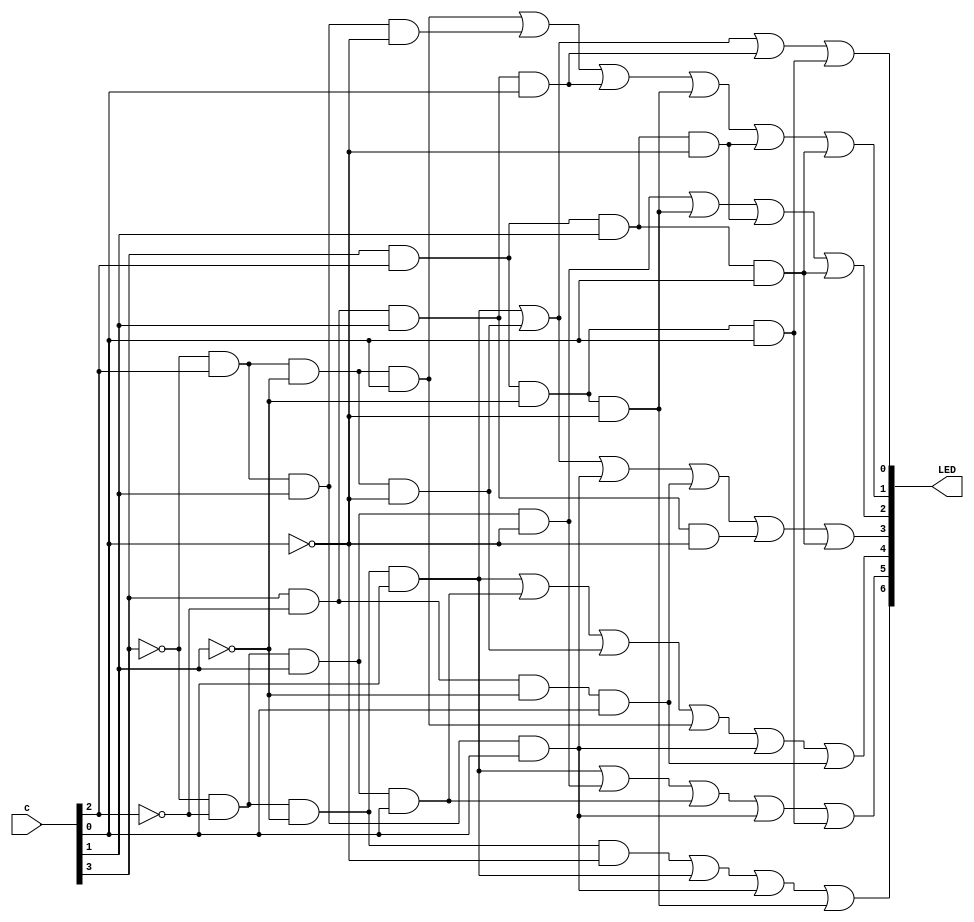
//Hex display;
module seg7(LED, c);
input [3:0] c;
output [6:0] LED;

	assign LED[0] = (~c[3] & ~c[2] & ~c[1] & c[0]) | (~c[3] & c[2] & ~c[1] & ~c[0]) | (c[3] & ~c[2] & c[1] & c[0]) | (c[3] & c[2] & ~c[1] & c[0]);
	assign LED[1] = (~c[3] & c[2] & ~c[1] & c[0]) | (~c[3] & c[2] & c[1] & ~c[0]) | (c[3] & ~c[2] & c[1] & c[0]) | (c[3] & c[2] & ~c[1] & ~c[0]) | (c[3] & c[2] & c[1] & ~c[0]) | (c[3] & c[2] & c[1] & c[0]);
	assign LED[2] = (~c[3] & ~c[2] & c[1] & ~c[0]) | (c[3] & c[2] & ~c[1] & ~c[0]) | (c[3] & c[2] & c[1] & ~c[0]) | (c[3] & c[2] & c[1] & c[0]);
	assign LED[3] = (~c[3] & ~c[2] & ~c[1] & c[0]) | (~c[3] & c[2] & ~c[1] & ~c[0]) | (~c[3] & c[2] & c[1] & c[0]) | (c[3] & ~c[2] & ~c[1] & c[0]) | (c[3] & ~c[2] & c[1] & ~c[0]) | (c[3] & c[2] & c[1] & c[0]) ;
	assign LED[4] = (~c[3] & ~c[2] & ~c[1] & c[0]) | (~c[3] & ~c[2] & c[1] & c[0]) | (~c[3] & c[2] & ~c[1] & ~c[0]) | (~c[3] & c[2] & ~c[1] & c[0]) | (~c[3] & c[2] & c[1] & c[0]) | (c[3] & ~c[2] & ~c[1] & c[0]);
	assign LED[5] = (~c[3] & ~c[2] & ~c[1] & c[0]) | (~c[3] & ~c[2] & c[1] & ~c[0]) | (~c[3] & ~c[2] & c[1] & c[0])  | (~c[3] & c[2] & c[1] & c[0]) | (c[3] & c[2] & ~c[1] & c[0]);
	assign LED[6] = (~c[3] & ~c[2] & ~c[1] & ~c[0]) | ( ~c[3] & ~c[2] & ~c[1] & c[0]) | (~c[3] & c[2] & c[1] & c[0]) | (c[3] & c[2] & ~c[1] & ~c[0]);

endmodule


module aludisplay(SW, HEX0, HEX1, HEX2, HEX3, HEX4, HEX5, LEDR, Out);

	input [7:0] Out;
	input [7:0] SW;
	output [6:0] HEX0, HEX1, HEX2, HEX3, HEX4, HEX5;
	output [7:0] LEDR;

	seg7 B(.c(SW[3:0]), .LED(HEX0[6:0]));

	seg7 zero0(.c(4'b0000), .LED(HEX1[6:0]));

	seg7 A(.c(SW[7:4]), .LED(HEX2[6:0]));

	seg7 zero1(.c(4'b0000), .LED(HEX3[6:0]));

	seg7 aluout03(.c(Out[3:0]), .LED(HEX4[6:0]));

	seg7 aluout74(.c(Out[7:4]), .LED(HEX5[6:0]));
	
	assign LEDR[7:0] = Out;
	
endmodule